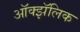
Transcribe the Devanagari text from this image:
ऑक्झॅलिक